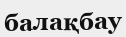
балақбау